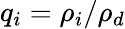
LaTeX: q_{i}=\rho_{i}/\rho_{d}